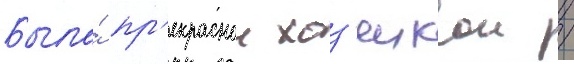
Была́ пр'екраснои хоз'яикои /